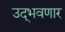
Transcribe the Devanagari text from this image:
उद्‌भवणार